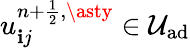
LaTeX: u_{\mathbf{i}j}^{{n+\frac{{1}}{{2}}},\asty}\in\mathcal{{U}}_{\textrm{{ad}}}